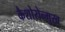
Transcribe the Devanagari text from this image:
कैशोरोन्मुख